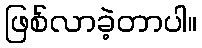
ဖြစ်လာခဲ့တာပါ။